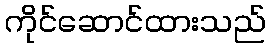
ကိုင်ဆောင်ထားသည်